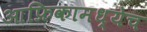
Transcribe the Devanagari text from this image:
आफ्रिकामध्येच